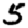
Digit: 5